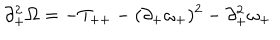
\partial _ { + } ^ { 2 } \Omega = - T _ { + + } - ( \partial _ { + } \omega _ { + } ) ^ { 2 } - \partial _ { + } ^ { 2 } \omega _ { + }